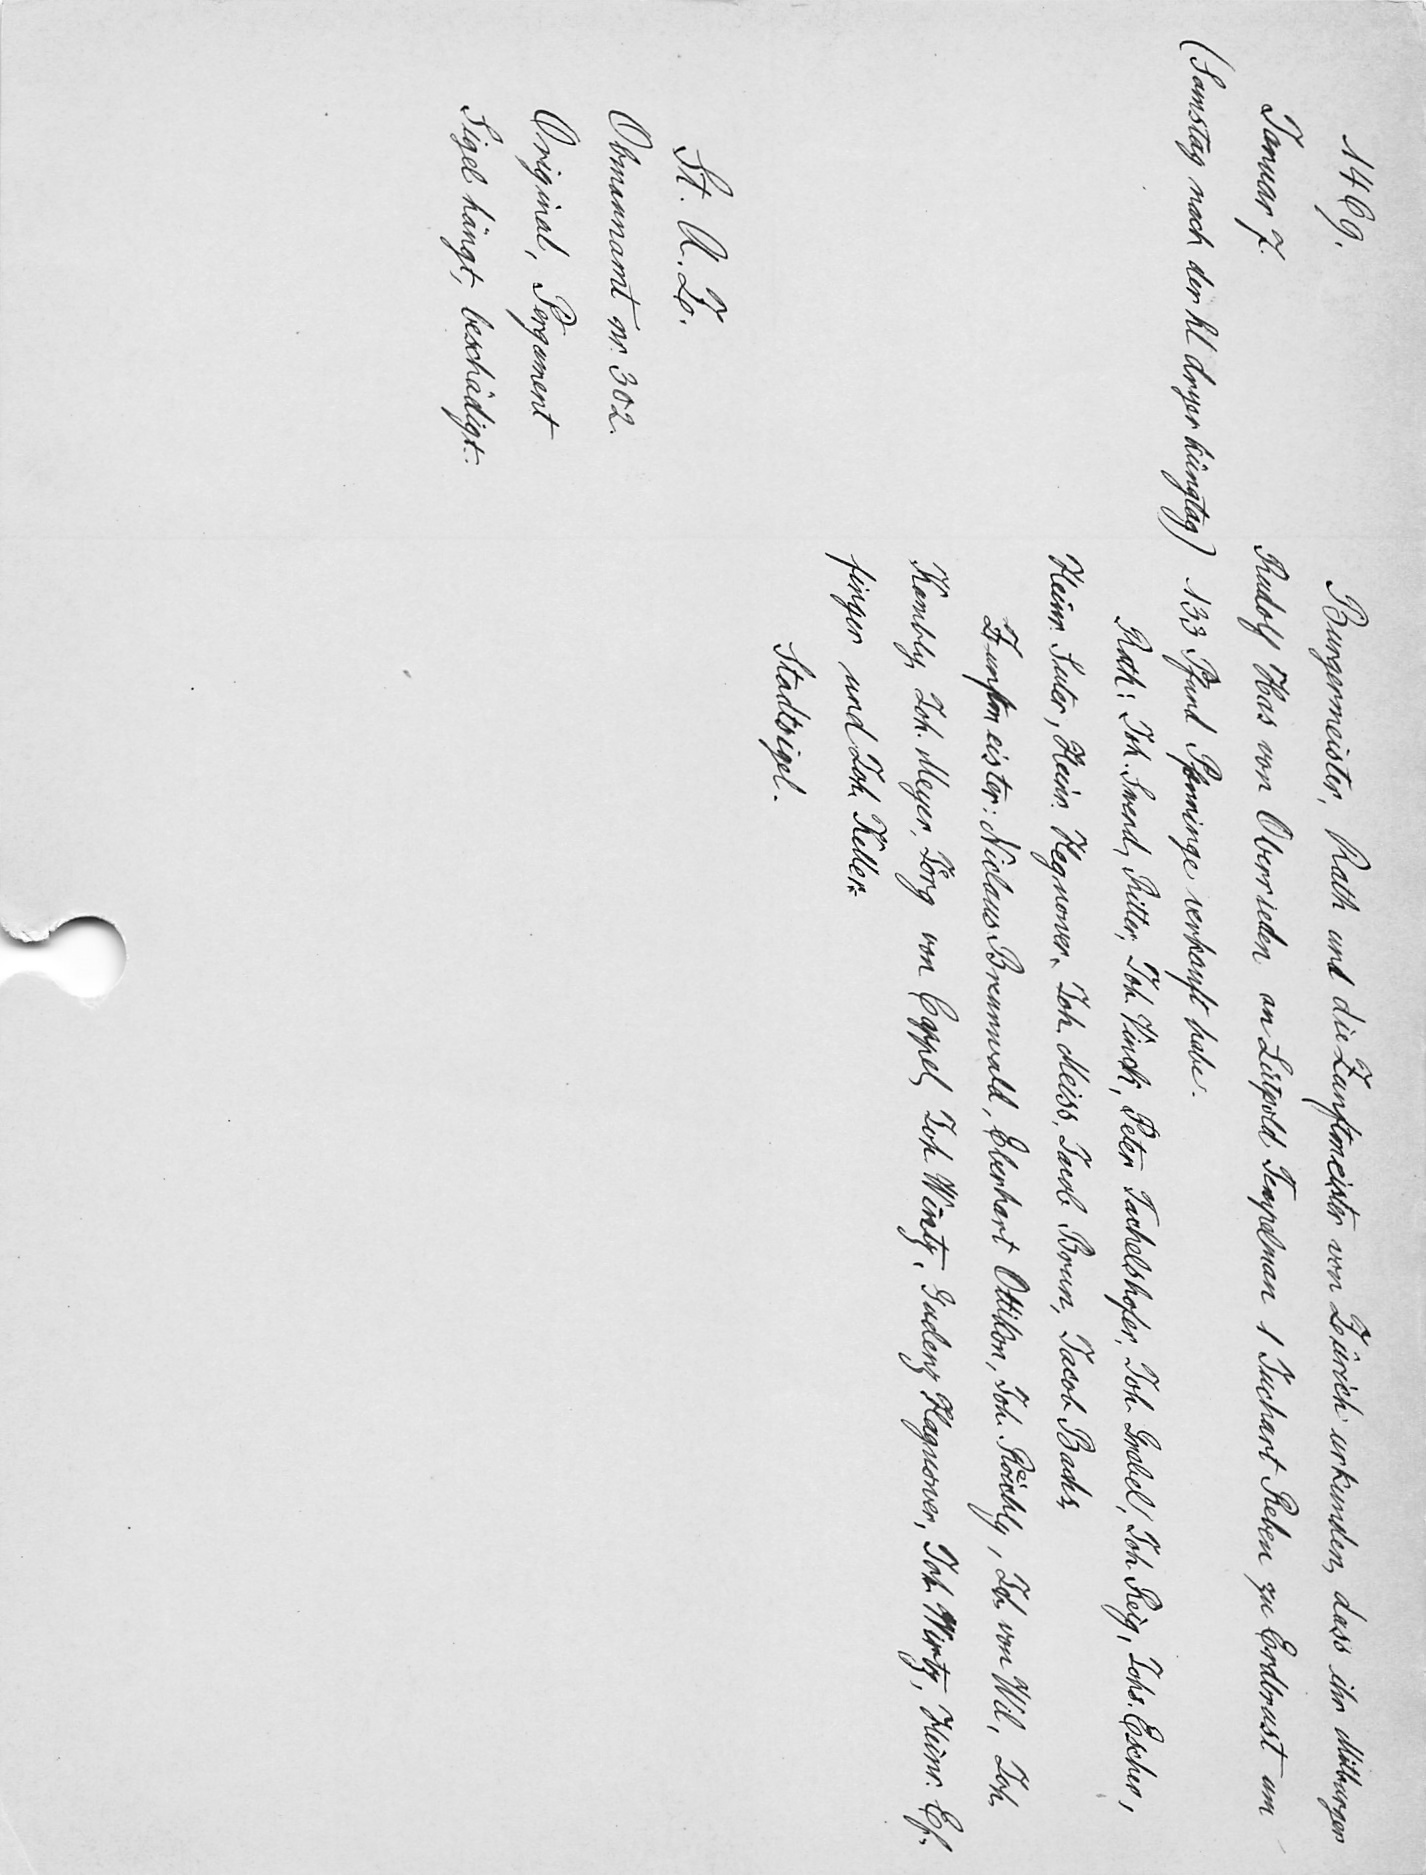
1469.
Burgermeister, Rath und die Zunftmeister von Zürich urkunden, dass ihr Mitburger
Januar 7.
Rudolf Has von Oberrieden an Lütpold Tempelman 1 Juchart Reben zu Erdbrust um
(Samstag nach der hl dryer küngtag)
133. Pfund Pfenninge verkauft habe.
Rath: Joh. Swend, Ritter, Joh. Vinck, Peter Tachelshofes, Joh. Grebel, Joh. Reig, Johs. Escher,
Heinr. Suter, Heinr. Hegnower, Joh. Meiss, Jacob Brun, Jacob Bachs.
Zunftmeister: Niclaus Brennwald, Eberhart Ottikon, Joh. Roͤichly, Joh. von Wil, Joh.
Kambly, Joh. Meyer, Joͤrg von Cappel, Joh. Wintz, Gadenz Haugnower, Joh. Wirtz, Heinr. Ef¬
finger und Joh. Keller.
Stadtsigel.
St. A. Z.
Obmannamt nr. 302.
Original, Pergament
Sigel hängt, beschädigt.